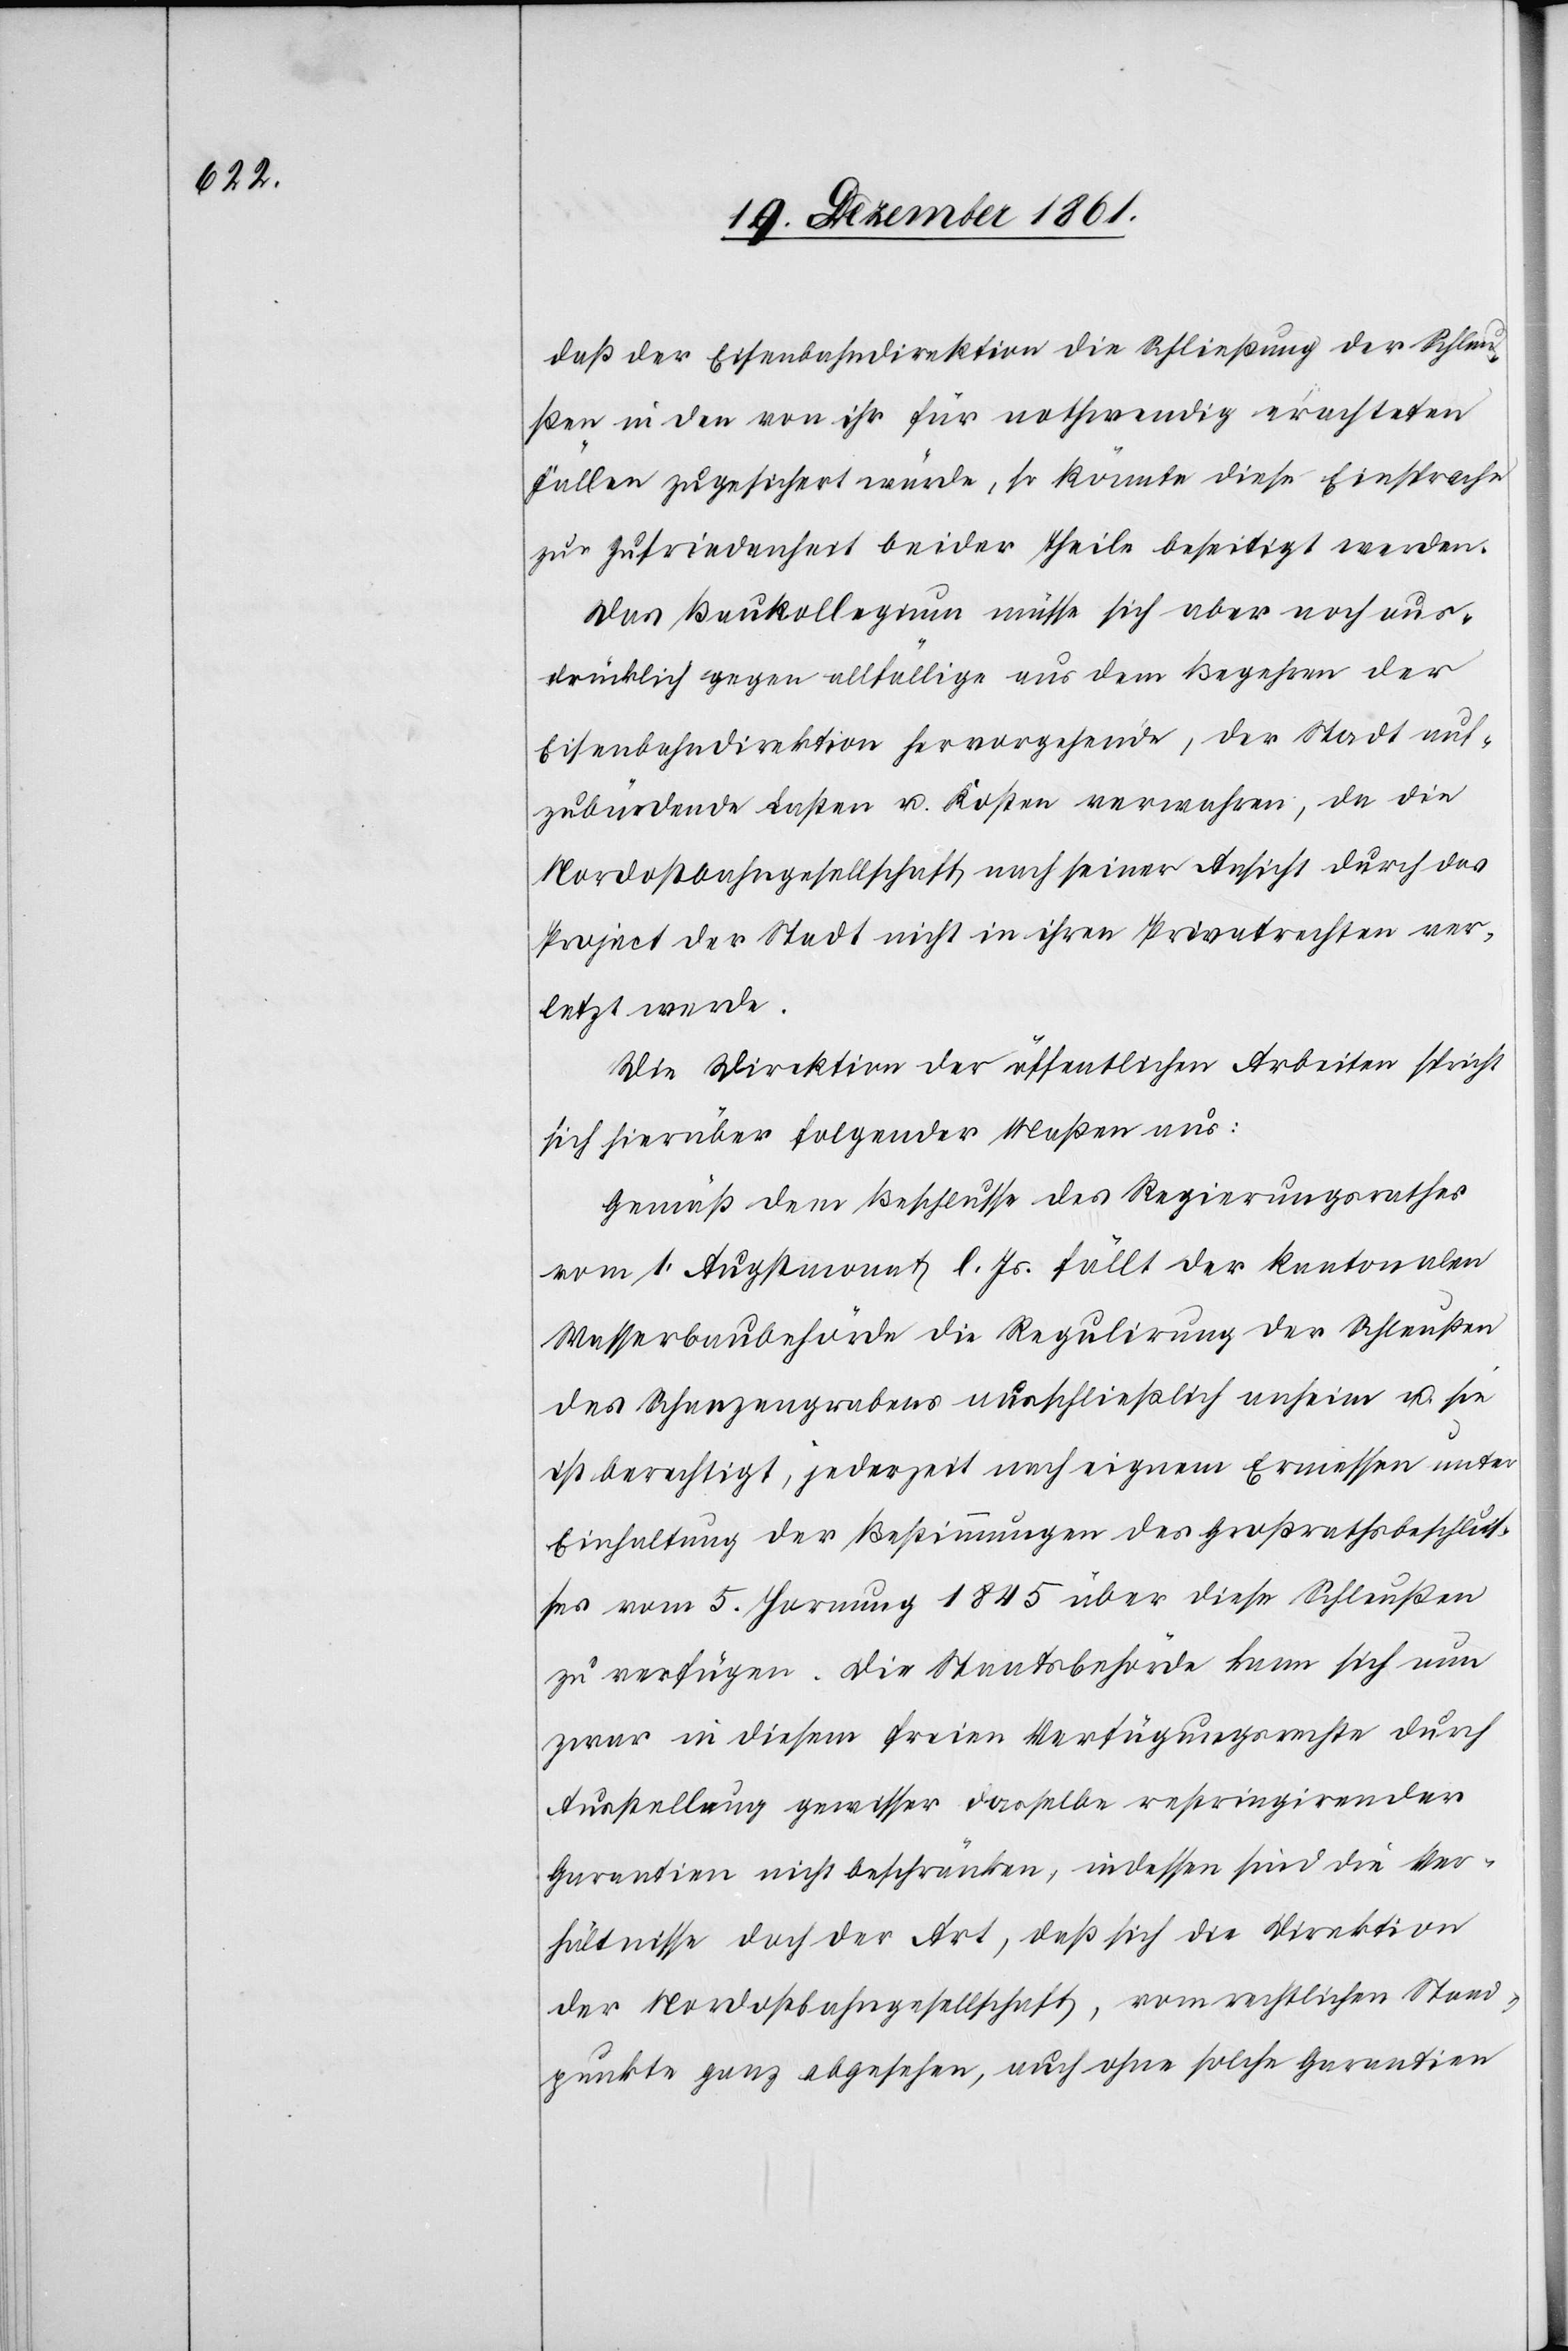
daß der Eisenbahndirektion die Schließung der Schleu¬
ßen in den von ihr für nothwendig erachteten
Fällen zugesichert würde, so könnte diese Einsprache
zur Zufriedenheit beider Theile beseitigt werden.
Das Baukollegium müsse sich aber noch aus¬
drücklich gegen allfällige aus dem Begehren der
Eisenbahndirektion hervorgehende, der Stadt auf¬
zubürdende Lasten u. Kosten verwahren, da die
Nordostbahngesellschaft nach seiner Ansicht durch das
Project der Stadt nicht in ihren Privatrechten ver¬
letzt werde.
Die Direktion der öffentlichen Arbeiten spricht
sich hierüber folgender Maßen aus:
Gemäß dem Beschlusse des Regierungsrathes
vom 1 Augstmonat l. Js. fällt der kantonalen
Wasserbaubehörde die Regulirung der Schleußen
des Schanzengrabens ausschließlich anheim u. sie
ist berechtigt, jederzeit nach eigenem Ermessen unter
Einhaltung der Bestimmungen des Großrathsbeschlus¬
ses vom 5 Hornung 1845 über diese Schleußen
zu verfügen. Die Staatsbehörde kann sich nun
zwar in diesem freien Verfügungsrechte durch
Ausstellung gewisser dasselbe restringirender
Garantien nicht beschränken, indessen sind die Ver¬
hältnisse doch der Art, daß sich die Direktion
der Nordostbahngesellschaft, vom rechtlichen Stand¬
punkte ganz abgesehen, auch ohne solche Garantien